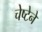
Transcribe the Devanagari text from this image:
चेष्टेने